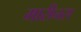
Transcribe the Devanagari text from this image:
मारीनस